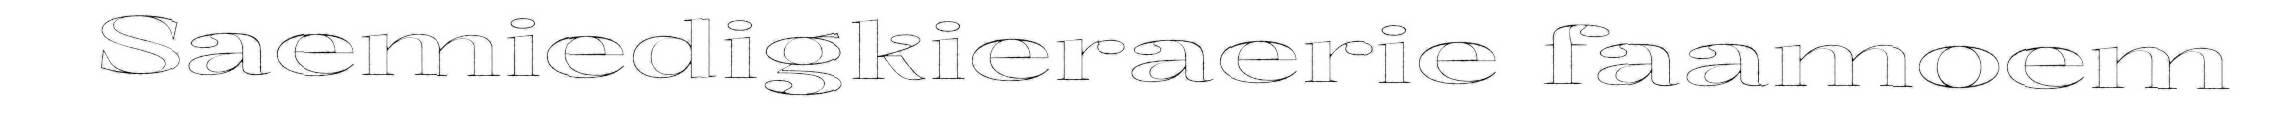
Saemiedigkieraerie faamoem